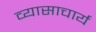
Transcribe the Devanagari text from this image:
व्यासाचार्य